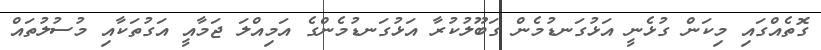
ގޮތެއްގައި މިކަން ގުޅެނީ އަޅުގަނޑުމެން ގަބޫލުކުރާ އަޅުގަނޑުމެންގެ އަމިއްލަ ޖަމާއީ އަގުތަކާއި މުސުލުތައް